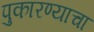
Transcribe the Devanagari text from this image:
पुकारण्याचा